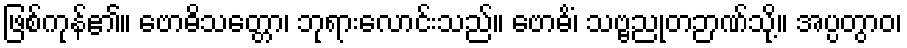
ဖြစ်ကုန်၏။ ဗောဓိသတ္တော၊ ဘုရားလောင်းသည်။ ဗောဓိံ၊ သဗ္ဗညုတဉာဏ်သို့။ အပ္ပတွာဝ၊